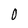
Character: 0